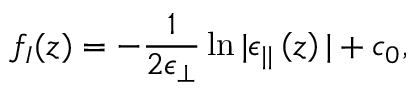
f _ { I } ( z ) = - \frac { 1 } { 2 \epsilon _ { \perp } } \ln | \epsilon _ { | | } \left( z \right) | + c _ { 0 } ,